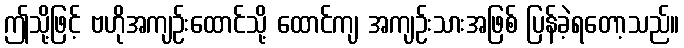
ဤသို့ဖြင့် ဗဟိုအကျဉ်းထောင်သို့ ထောင်ကျ အကျဉ်းသားအဖြစ် ပြန်ခဲ့ရတော့သည်။